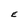
Character: E